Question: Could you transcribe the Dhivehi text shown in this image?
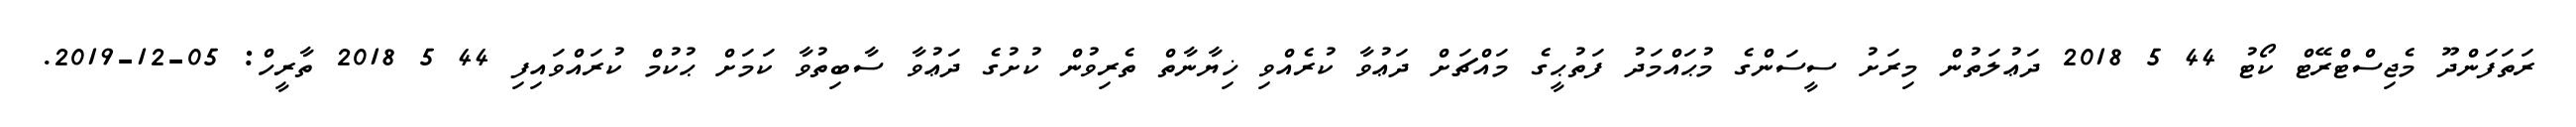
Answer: ރަތަފަންދޫ މެޖިސްޓްރޭޓް ކޯޓު 44 5 2018 ދަޢުލަތުން މިރަށު ސީސަންގެ މުޙައްމަދު ފަތުޙީގެ މައްޗަށް ދަޢުވާ ކުރެއްވި ޚިޔާނާތް ތެރިވުން ކުށުގެ ދަޢުވާ ސާބިތުވާ ކަމަށް ޙުކުމް ކުރައްވައިފި 44 5 2018 ތާރީހް: 05-12-2019.